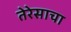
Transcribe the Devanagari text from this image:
तेरेसाचा